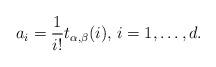
LaTeX: \begin{align*}a_i = \frac{1}{i!}t_{\alpha,\beta}(i), \, i=1, \dots, d.\end{align*}